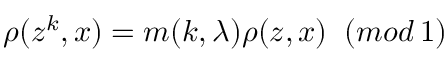
\rho ( z ^ { k } , x ) = m ( k , \lambda ) \rho ( z , x ) \; \; ( m o d \, 1 )